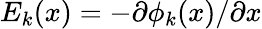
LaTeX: E_{k}(x)=-\partial\phi_{k}(x)/\partial x